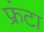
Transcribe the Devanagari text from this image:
फ्रंटा